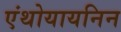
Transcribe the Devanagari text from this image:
एंथोयायनिन